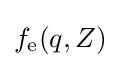
f_{\text{e}}(q,Z)